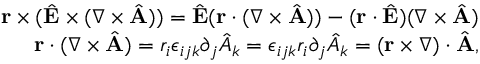
\begin{array} { r l r } & { } & { { \bf r } \times ( \hat { \bf E } \times ( \nabla \times \hat { \bf A } ) ) = \hat { \bf E } ( { \bf r } \cdot ( \nabla \times \hat { \bf A } ) ) - ( { \bf r } \cdot \hat { \bf E } ) ( \nabla \times \hat { \bf A } ) } \\ & { } & { { \bf r } \cdot ( \nabla \times \hat { \bf A } ) = r _ { i } \epsilon _ { i j k } \partial _ { j } \hat { A } _ { k } = \epsilon _ { i j k } r _ { i } \partial _ { j } \hat { A } _ { k } = ( { \bf r } \times \nabla ) \cdot \hat { \bf A } , } \end{array}